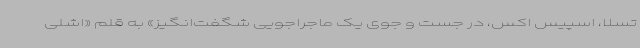
تسلا، اسپیس اکس، در جست و جوی یک ماجراجویی شگفت‌انگیز» به قلم «اشلی